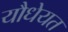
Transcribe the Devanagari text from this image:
यौधेयत